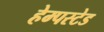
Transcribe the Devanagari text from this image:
हेम्पस्टेड